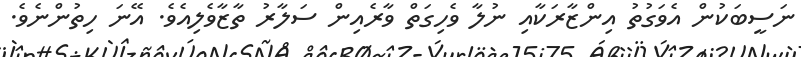
ނަސީބަކުން އެވަގުތު އިންޒާރަކާއި ނުލާ ވެހިގަތް ވާރެއިން ސަލާރު ތާޒާވެލިއެވެ. އޭނަ ހިތުންނެވެ.